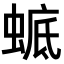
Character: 𧍉